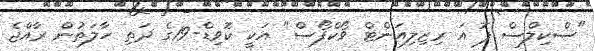
"ސްކިލްސް ފޮ އަ ރިޒިލިއަންޓް ވޯކްފޯސް" އަކީ ކޮވިޑް-19ގެ ދަތި ހާލަތުން ރާއްޖެ